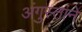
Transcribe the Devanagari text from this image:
अंगुस्ताने